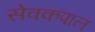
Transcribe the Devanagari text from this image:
सेवकपाल